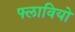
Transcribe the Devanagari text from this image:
फ्लावियो